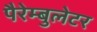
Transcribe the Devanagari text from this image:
पैरेम्बुलेटर